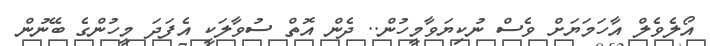
އޯލެވެލް އާހަމަޔަށް ވެސް ނުކިޔަވާމީހުން.. ދެން އޮތް ސުވާލަކީ އެފަދަ މީހުންގެ ބޭނުން